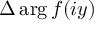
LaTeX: \Delta \arg f ( i y )